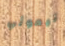
تيموثي